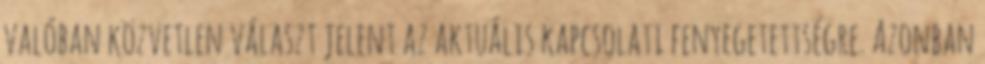
valóban közvetlen választ jelent az aktuális kapcsolati fenyegetettségre. Azonban